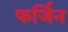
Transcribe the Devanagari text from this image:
फर्जिन